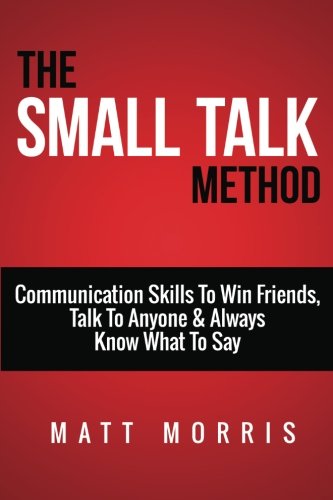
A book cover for Small Talk Method: Communication Skills To Win Friends, Talk To Anyone, and Always Know What To Say (Small Talk, People Skills, Conversation Skills, Improve Your Social Skills, Charisma) (Volume 1); Matt Morris; Business & Money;